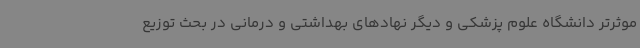
موثرتر دانشگاه علوم پزشکی و دیگر نهادهای بهداشتی و درمانی در بحث توزیع